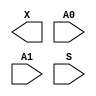
module sky130_fd_sc_hd__mux2 (
    X ,
    A0,
    A1,
    S
);

    output X ;
    input  A0;
    input  A1;
    input  S ;

    // Voltage supply signals
    supply1 VPWR;
    supply0 VGND;
    supply1 VPB ;
    supply0 VNB ;

endmodule